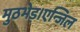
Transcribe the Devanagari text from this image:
मुठभेड़।एन्जिल